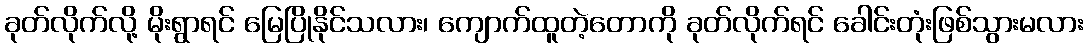
ခုတ်လိုက်လို့ မိုးရွာရင် မြေပြိုနိုင်သလား၊ ကျောက်ထူတဲ့တောကို ခုတ်လိုက်ရင် ခေါင်းတုံးဖြစ်သွားမလား